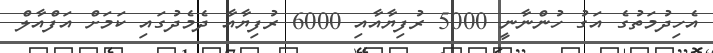
އެހިދުމަތުގެ އަގު ހުންނާނީ 5000 ރުފިޔާއާއި 6000 ރުފިޔާއާ ދެމެދުގައި ކަމަށް އަފްއާލް